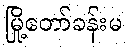
မြို့တော်ခန်းမ